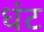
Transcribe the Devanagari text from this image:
धंट